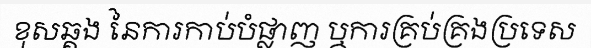
ខុសឆ្គង នៃការកាប់បំផ្លាញ ឬការគ្រប់គ្រងប្រទេស